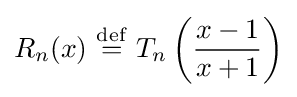
R_{n}(x)\ {\stackrel {\mathrm {def} }{=}}\ T_{n}\left({\frac {x-1}{x+1}}\right)